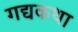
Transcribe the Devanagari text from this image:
गद्यकथा